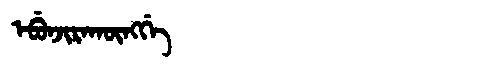
Manchu: ᡝᠪᡠᠨᠵᡳᡵᠠᡴᡡᠩᡤᡝ
Romanization: EBUNJIRAKŪNGGE